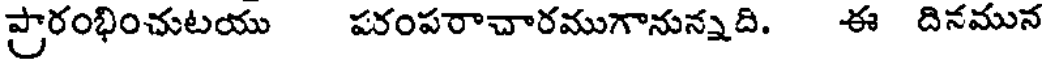
ప్రారంభించుటయు పరంపరాచారముగానున్నది. ఈ దినమున